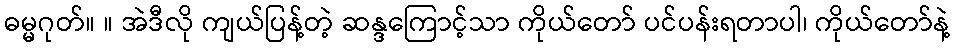
ဓမ္မဂုတ်။ ။ အဲဒီလို ကျယ်ပြန့်တဲ့ ဆန္ဒကြောင့်သာ ကိုယ်တော် ပင်ပန်းရတာပါ၊ ကိုယ်တော်နဲ့